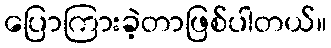
ပြောကြားခဲ့တာဖြစ်ပါတယ်။